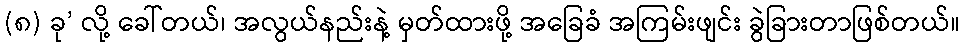
(၈) ခု’ လို့ ခေါ်တယ်၊ အလွယ်နည်းနဲ့ မှတ်ထားဖို့ အခြေခံ အကြမ်းဖျင်း ခွဲခြားတာဖြစ်တယ်။